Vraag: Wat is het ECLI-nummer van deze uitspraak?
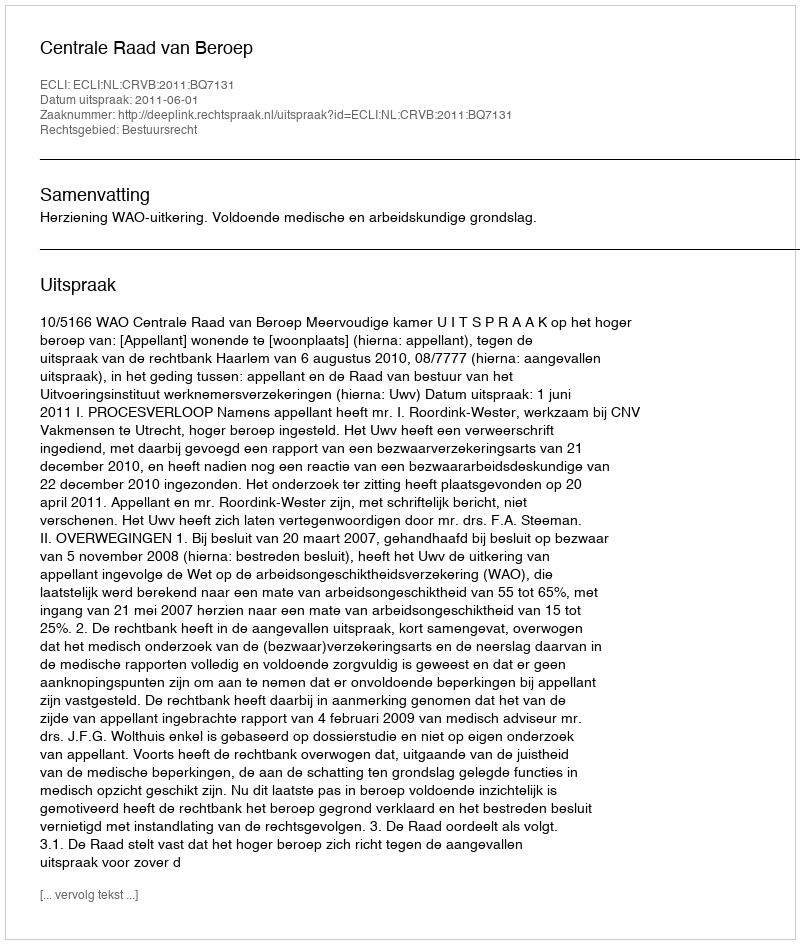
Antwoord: ECLI:NL:CRVB:2011:BQ7131